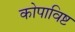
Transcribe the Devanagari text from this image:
कोपाविष्ट